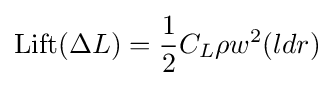
\mathrm {Lift} (\Delta L)={\frac {1}{2}}C_{L}\rho w^{2}(ldr)